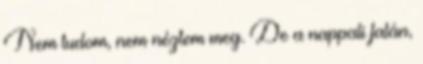
Nem tudom, nem néztem meg. De a nappali falán,